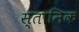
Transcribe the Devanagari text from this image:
स्तानिक